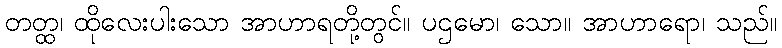
တတ္ထ၊ ထိုလေးပါးသော အာဟာရတို့တွင်။ ပဌမော၊ သော။ အာဟာရော၊ သည်။